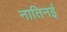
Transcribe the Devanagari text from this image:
नातिनई